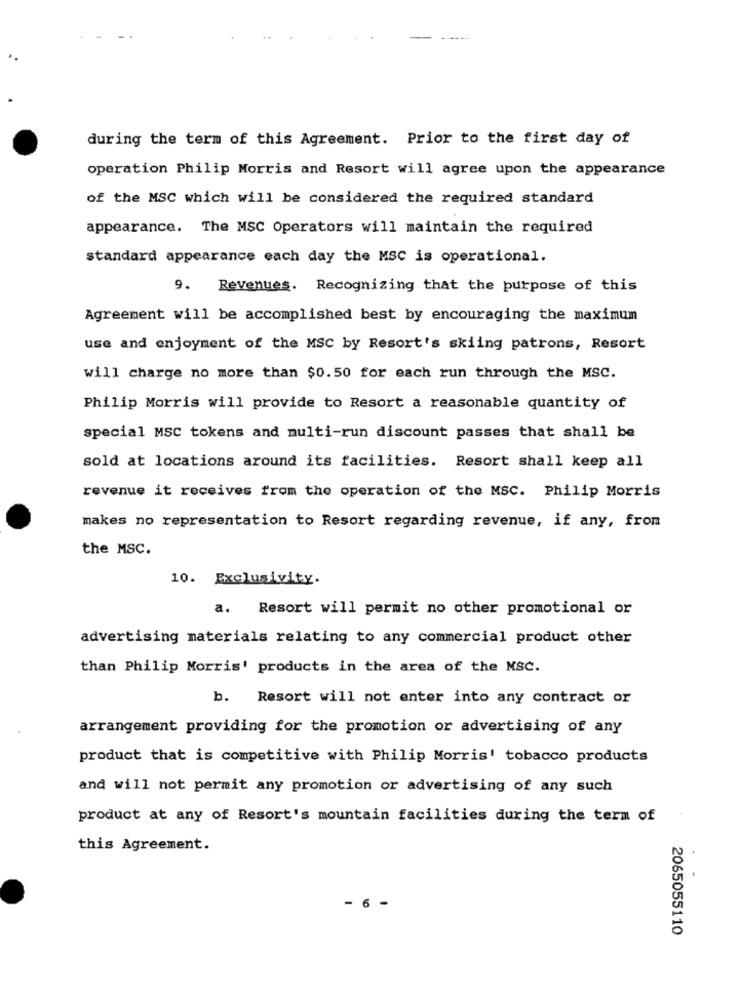
during the term of this Agreement. Prior to the first day of
operation Philip Morris and Resort will agree upon the appearance
of the MSC which will be considered the required standard
appearance. The MSC Operators will maintain the required
standard appearance each day the MSC is operational.
9. Revenues. Recognizing that the purpose of this
Agreement will be accomplished best by encouraging the maximum
use and enjoyment of the MSC by Resort's skiing patrons, Resort
will charge no more than $0.50 for each run through the MSC.
Philip Morris will provide to Resort a reasonable quantity of
special MSC tokens and multi-run discount passes that shall be
sold at locations around its facilities. Resort shall keep all
revenue it receives from the operation of the MSC. Philip Morris
makes no representation to Resort regarding revenue, if any, from
the MSC.
10. Exclusivity.
a. Resort will permit no other promotional or
advertising materials relating to any commercial product other
than Philip Morris' products in the area of the NSC.
b. Resort will not enter into any contract or
arrangement providing for the promotion or advertising of any
product that is competitive with Philip Morris' tobacco products
and will not permit any promotion or advertising of any such
product at any of Resort's mountain facilities during the term of
this Agreement.
6 -
2065055110